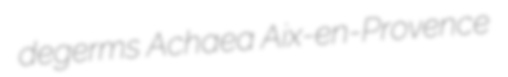
degerms Achaea Aix-en-Provence